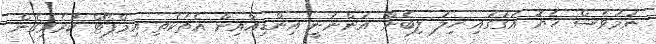
ނަމަވެސް ހެޔޮ އަގުގައި ހިލަ ލިބެން އަންނަނީ އިންޑިއާއިން އެތަކެތި އިމްޕޯޓް ކުރެވިގެން